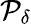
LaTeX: \mathcal{P}_{\delta}